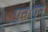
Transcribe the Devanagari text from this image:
पुनःपुन